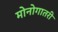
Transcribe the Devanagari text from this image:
मोनोगातरी